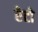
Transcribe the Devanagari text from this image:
रेटो